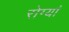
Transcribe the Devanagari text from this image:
रोग्यां